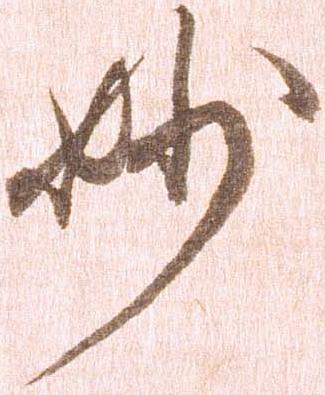
妙